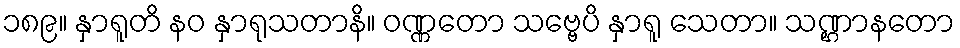
၁၈၉။ နှာရူတိ နဝ နှာရုသတာနိ။ ဝဏ္ဏတော သဗ္ဗေပိ နှာရူ သေတာ။ သဏ္ဌာနတော